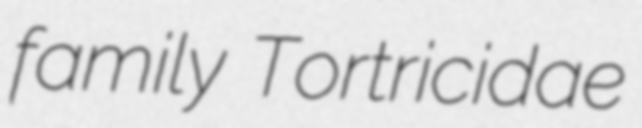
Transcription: family Tortricidae